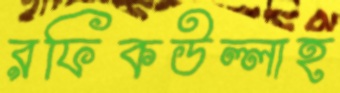
রফিকউল্লাহ